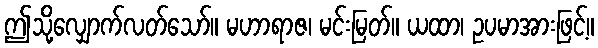
ဤသို့လျှောက်လတ်သော်။ မဟာရာဇ၊ မင်းမြတ်။ ယထာ၊ ဥပမာအားဖြင့်။